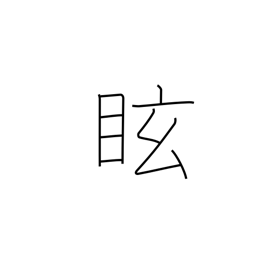
Meaning: dizzy